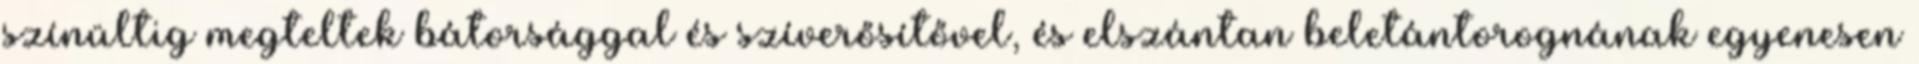
színültig megteltek bátorsággal és szíverősítővel, és elszántan beletántorognának egyenesen